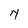
Character: N